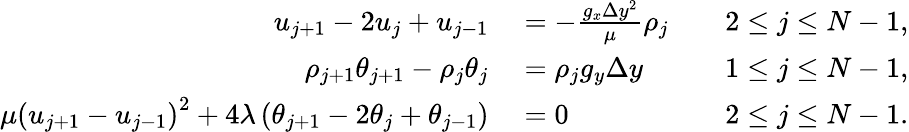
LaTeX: \begin{array}{rlr}{u_{j+1}-2u_{j}+u_{j-1}}&{{}=-\frac{g_{x}\Delta y^{2}}{\mu}\rho_{j}\quad}&{2\leq j\leq N-1,}\\ {\rho_{j+1}\theta_{j+1}-\rho_{j}\theta_{j}}&{{}=\rho_{j}g_{y}\Delta y\quad}&{1\leq j\leq N-1,}\\ {\mu\left(u_{j+1}-u_{j-1}\right)^{2}+4\lambda\left(\theta_{j+1}-2\theta_{j}+\theta_{j-1}\right)}&{{}=0\quad}&{2\leq j\leq N-1.}\end{array}